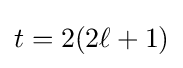
t=2(2\ell +1)